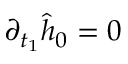
\partial _ { t _ { 1 } } \hat { h } _ { 0 } = 0